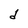
Character: d